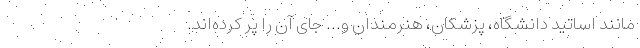
مانند اساتید دانشگاه، پزشکان، هنرمندان و... جای آن را پر کرده‌اند.